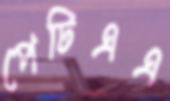
পেটিএএ